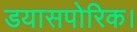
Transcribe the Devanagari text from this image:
डयासपोरिक।